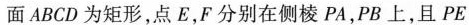
面ABCD为矩形，点E，F分别在侧棱PA，PB上，且$$P E$$